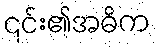
၎င်း၏အဓိက